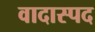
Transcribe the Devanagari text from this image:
वादास्पद